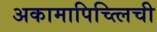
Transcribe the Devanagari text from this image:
अकामापिच्त्लिची